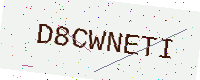
Text: D8CWNETI